Annual report of the Imperial Bacteriologist
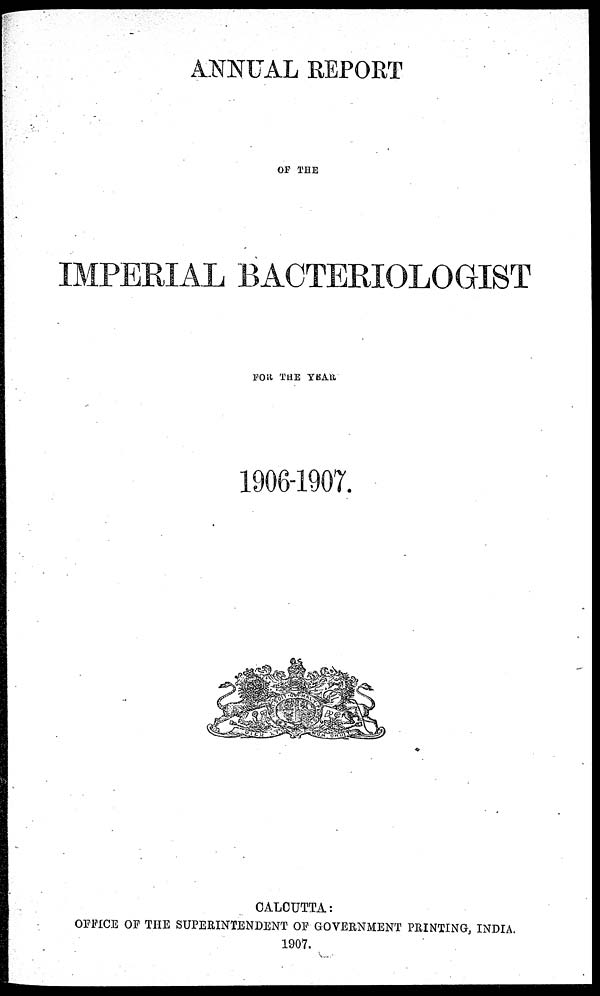
ANNUAL REPORT
OF THE
IMPERIAL BACTERIOLOGIST
FOR THE YEAR
1906-1907.
CALCUTTA :
OFFICE OF THE SUPERINTENDENT OF GOVERNMENT PRINTING, INDIA.
1907.